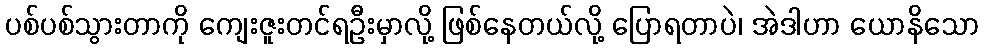
ပစ်ပစ်သွားတာကို ကျေးဇူးတင်ရဦးမှာလို့ ဖြစ်နေတယ်လို့ ပြောရတာပဲ၊ အဲဒါဟာ ယောနိသော